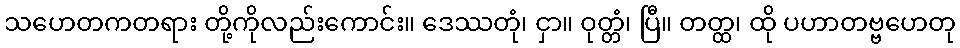
သဟေတကတရား တို့ကိုလည်းကောင်း။ ဒေဿတုံ၊ ငှာ။ ဝုတ္တံ၊ ပြီ။ တတ္ထ၊ ထို ပဟာတဗ္ဗဟေတု